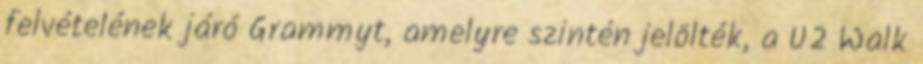
felvételének járó Grammyt, amelyre szintén jelölték, a U2 Walk